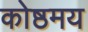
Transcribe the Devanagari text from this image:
कोष्ठमय